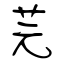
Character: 芫